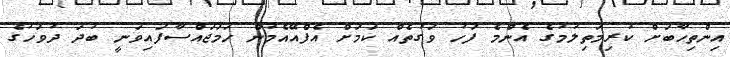
އިންތިހާބަށް ކުރިމަތިލުމުގެ އެންމެ ފަހު ވަގުތެއް ކަމަށް އެފްއޭއެމުން ހަމަޖައްސާފައިވަނީ ބުދަ ދުވަހުގެ